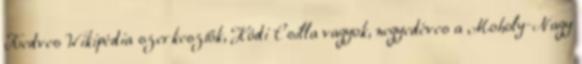
Kedves Wikipédia szerkesztők, Hódi Csilla vagyok, negyedéves a Moholy-Nagy